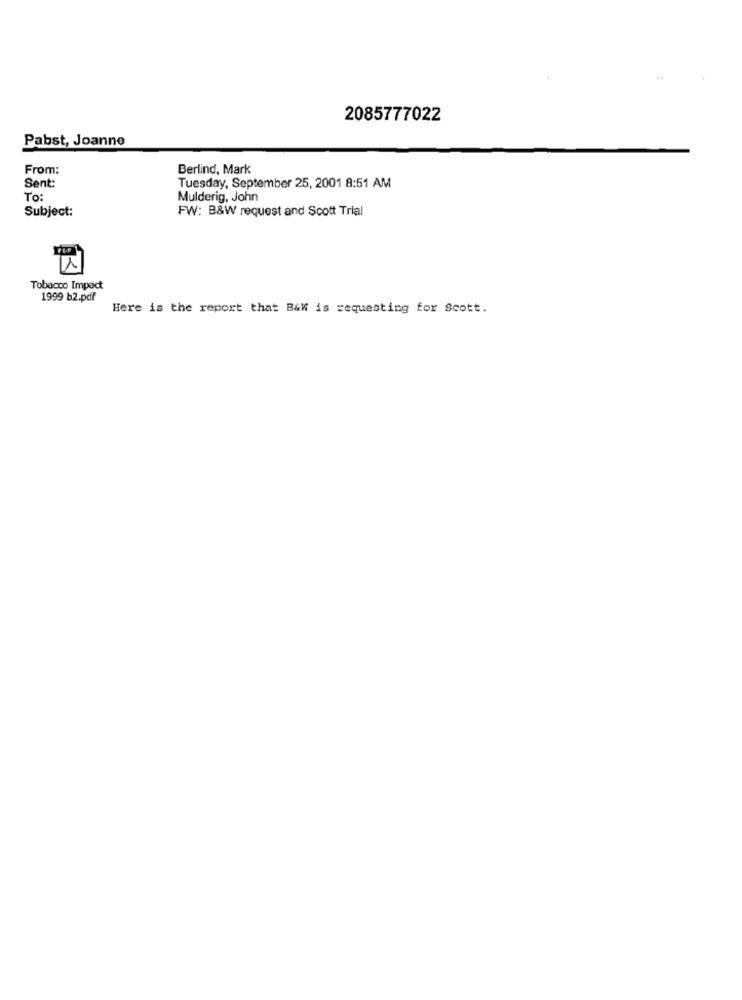
-
2085777022
Pabst, Joanne
From:
Berlind, Mark
Sent:
Tuesday, September 25, 2001 8:51 AM
To:
Mulderig, John
Subject:
FW: B&W request and Scott Trial
Tobacco Impact
1999 b2.pdf
Here is the report that B&W is requesting for Scott.